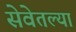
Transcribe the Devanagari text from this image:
सेवेतल्या